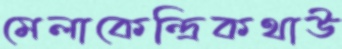
মেলাকেন্দ্রিকথাউ